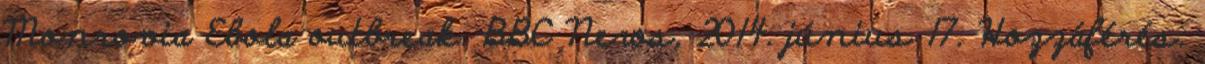
Monrovia Ebola outbreak. BBC News, 2014. június 17. Hozzáférés: